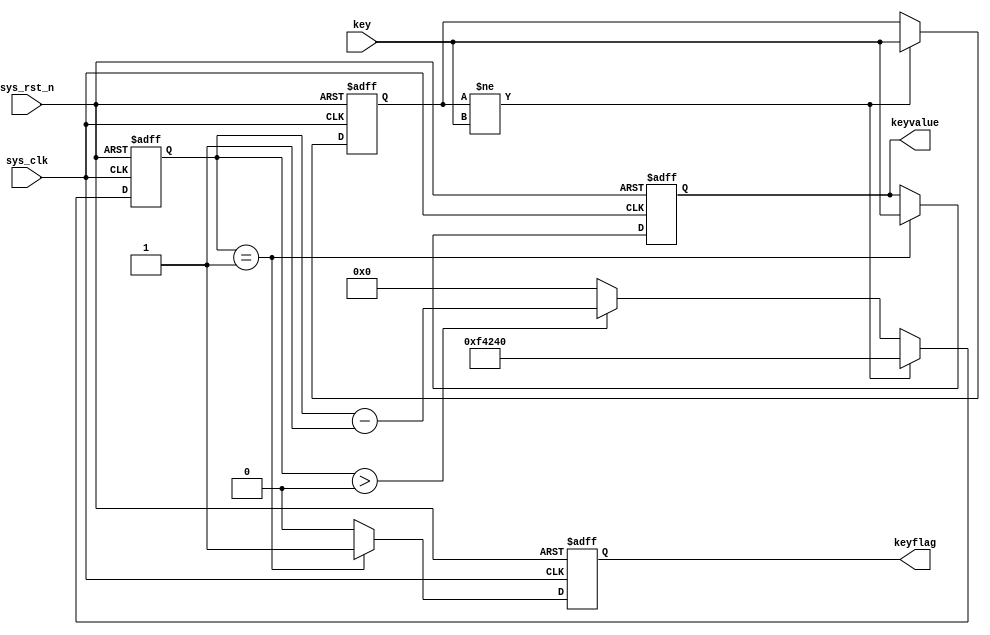
`timescale 1ns / 1ps

module key_debounce(
    input           sys_clk,
    input           sys_rst_n,
    input           key,
    
    output reg      keyvalue,
    output reg      keyflag
);

reg[19:0]           cnt;
reg                 key_reg;

always @(posedge sys_clk or negedge sys_rst_n) begin
    if(!sys_rst_n) begin
        key_reg <= 1'b1;
        cnt <= 20'd0;
    end
    else begin
        if(key_reg != key) begin        //key
            cnt <=  20'd100_0000;       //
//        cnt <=  20'd4;                //
            key_reg <= key;             //key
        end 
        else begin                      //key
            if(cnt > 20'd0)             //
                cnt <= cnt - 1'b1;      //
            else
                cnt <= 20'd0;
        end
   end        
end

always @(posedge sys_clk or negedge sys_rst_n) begin
    if(!sys_rst_n) begin
        keyvalue <= 1'b1;
        keyflag  <= 1'b0;
    end
    else if(cnt == 20'd1) begin         //20ms
        keyflag  <= 1'b1;               //
        keyvalue <= key;                //
    end
    else begin
        keyflag  <= 1'b0;
        keyvalue <= keyvalue;
    end    
end
endmodule